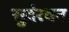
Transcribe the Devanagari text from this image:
सुदंरवन